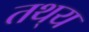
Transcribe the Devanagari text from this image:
तथ्‌य